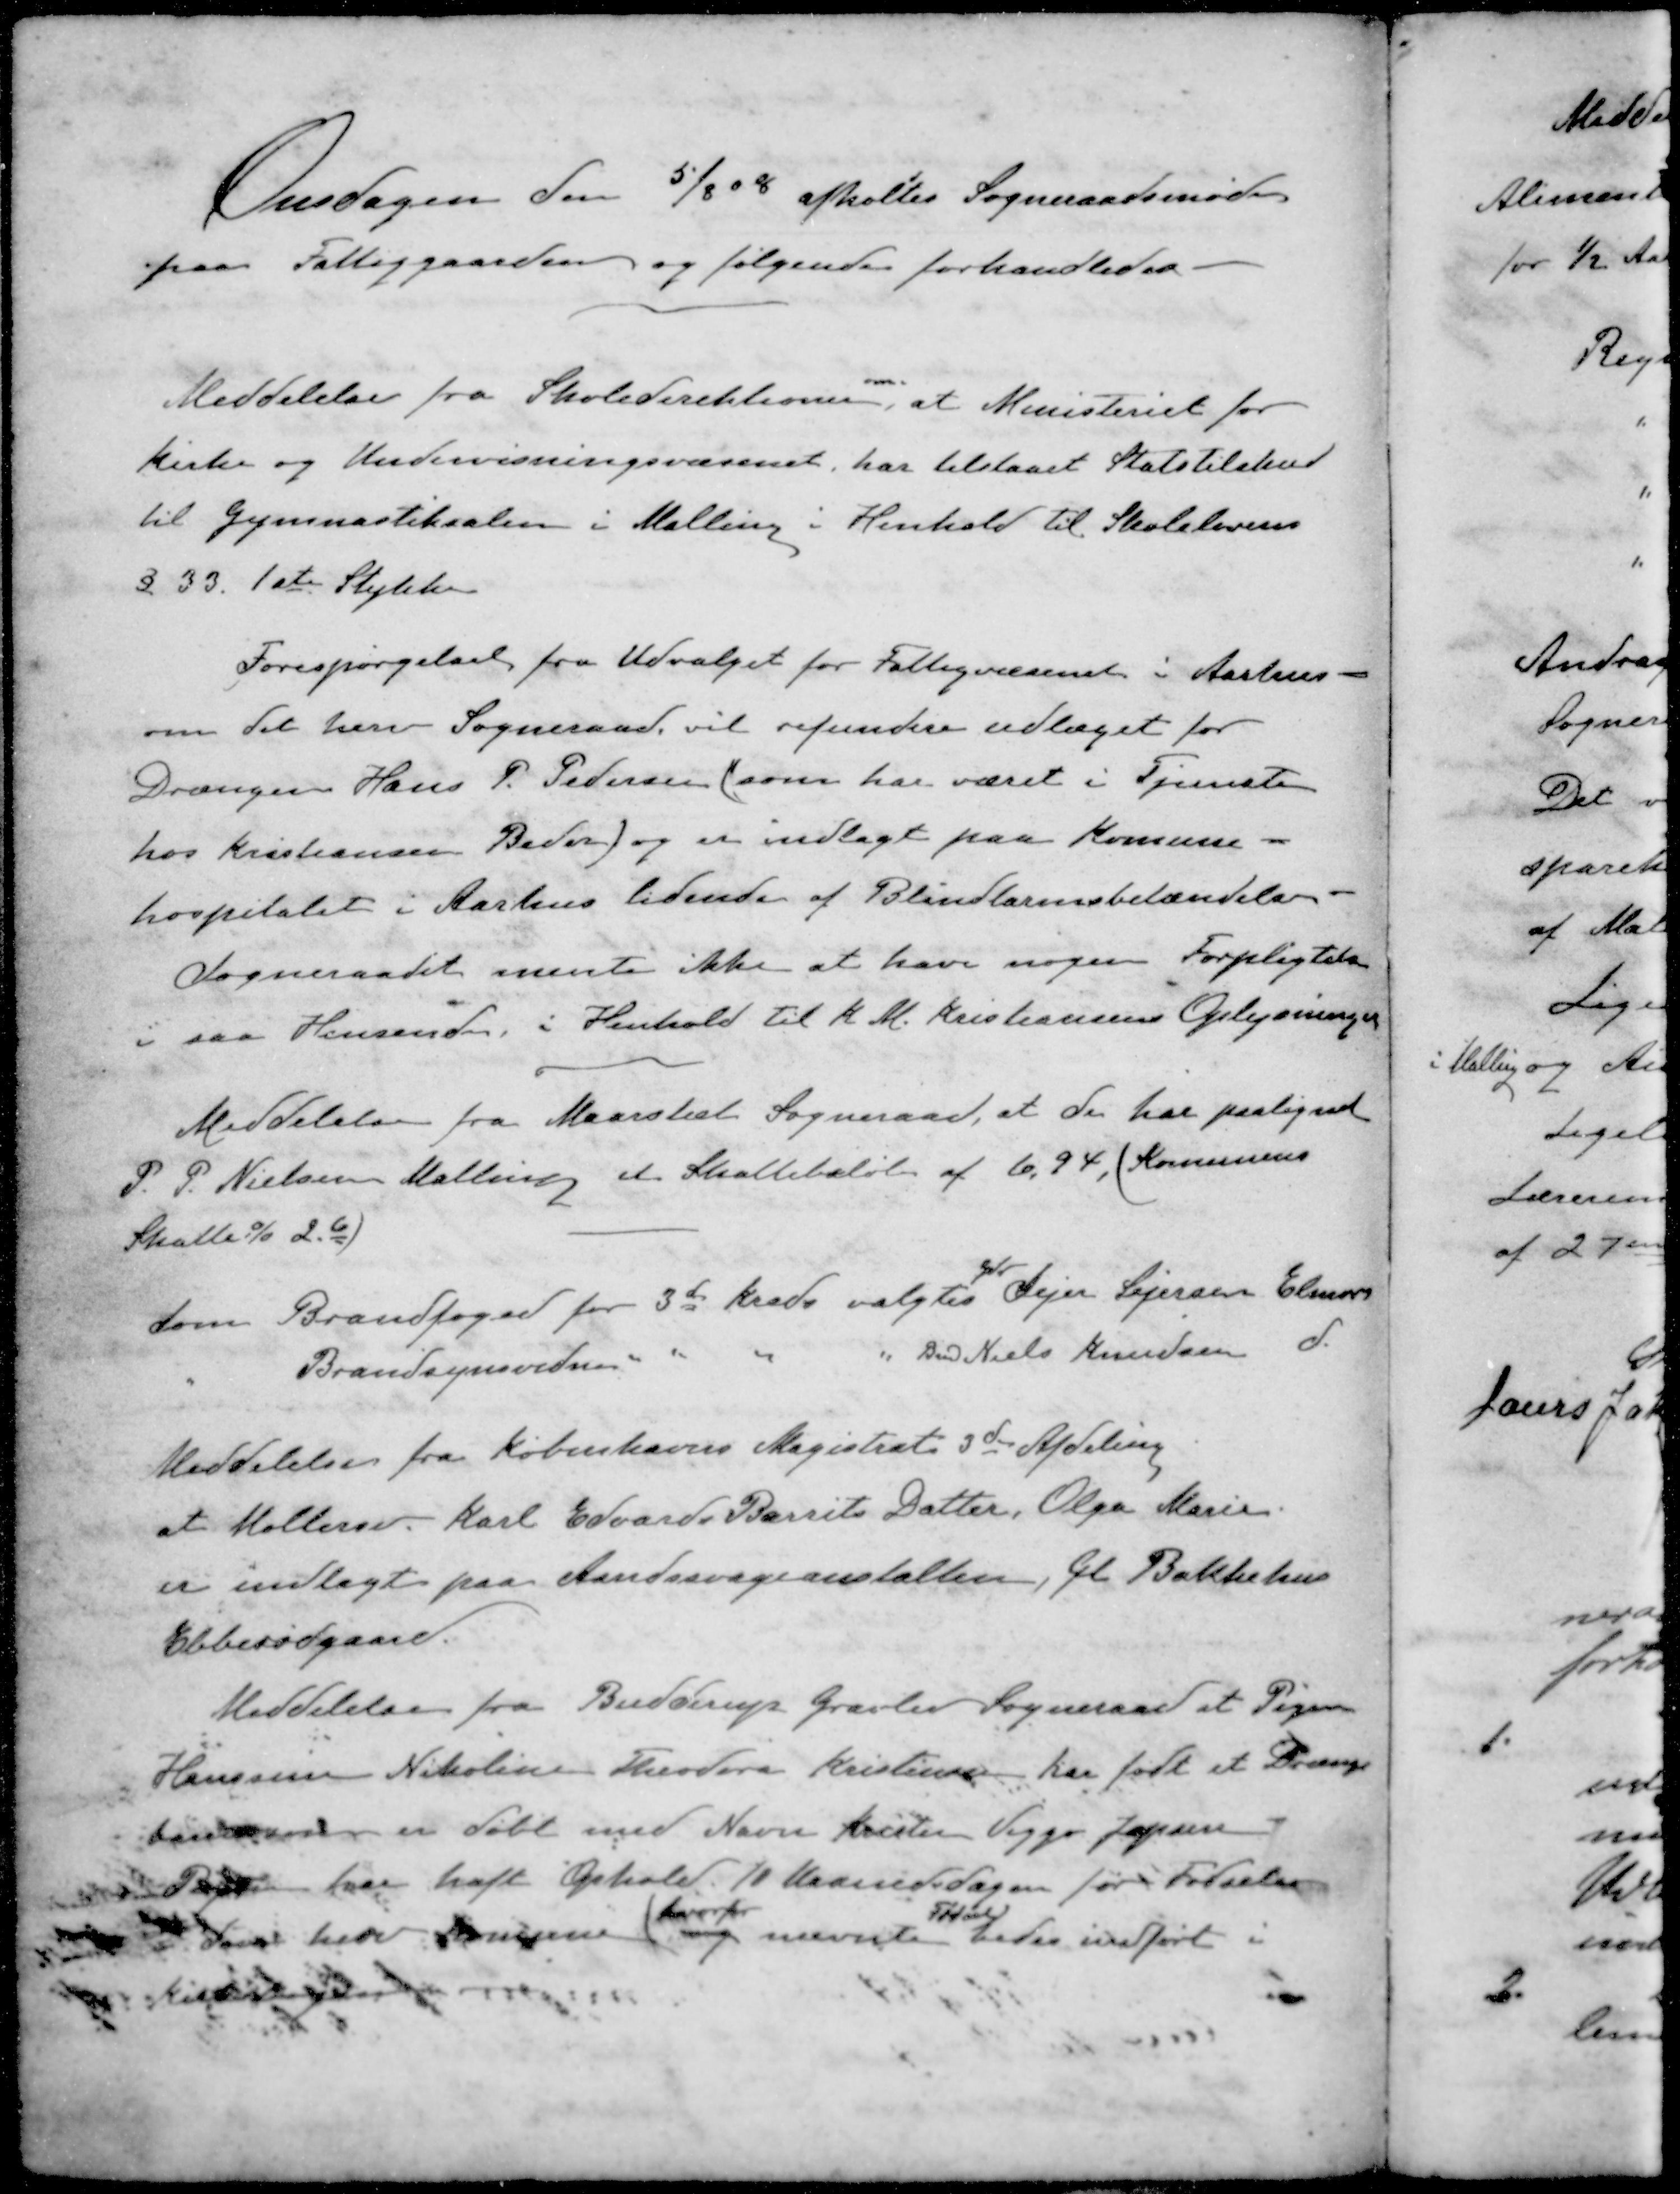
Transskription:
Onsdagen den 5/8 08 afholtes Sogneraadsmøde
paa Fattiggaarden og følgende forhandledes.
Meddelelse fra Skoledirektioner, at Ministeriet for
kirke og Undervisningsvæsenet, har tilstaaet Statstilskud
til Gymnastiksalen i Malling i Henhold til Skolelovens
§ 33. 1ste Stykke
Forespørgelse fra Udvalget for Fattigvæsenet i Aarhus
om det herv Sogneraad vil refundere udlæget for
Drængen Hans P. Pedersen (som har været i Tjeneste
hos Kristiansen Beder) og er indlagt paa Komune-
hospitalet i Aarhus lidende af Blindtarmsbetændelse.
Sogneraadet mente ikke at have nogen Forpligtelse
i saa Hensende i Henhold til K. M. Kristiansens Oplysninger
Meddelelse fra Maarslet Sogneraad, at de har paalignet
P. P. Nielsen Malling et Skattebeløb af 6,94. (Kommunens
Skatte % 2.6)
Som Brandfoged for 3de Kreds valgtes Sejer Sejersen Elmose
" Brandsynsvidne " " " " Bmd Niels Knudsen d
Meddelelse fra Københavns Magistrat 3de Afdeling
at Møllersv. Karl Edvards Barrits Datter, Olga Marie.
er indlagt paa Aandssvageanstalten, Gl Bakkehus
Ebberødgaard.
Meddelelse fra Budderup Gravlev Sogneraad at Pigen
Hanssine Nikoline Theodora Kristensen har født et Drenge-
barn som er døbt med Navn Kristen Viggo Jepsen
Pigen har haft Ophold 10 Maanedersdagen før Fødselen
hvorfor
Fødsel
i  herv Kommune nævnte bedes indført i
Kirkebogen